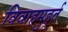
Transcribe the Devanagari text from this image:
विवाहमुहूर्त